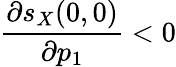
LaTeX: \frac{\partial s_{X}(0,0)}{\partial p_{1}}<0